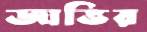
জাভির